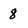
Character: 8